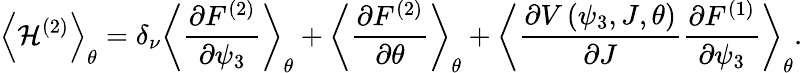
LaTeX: \left<{\mathcal{H}^{\left(2\right)}}\right>_{\theta}=\delta_{\nu}\left<{\frac{\partial F^{(2)}}{\partial\psi_{3}}}\right>_{\theta}+\left<{\frac{\partial F^{(2)}}{\partial\theta}}\right>_{\theta}+\left<{\frac{\partial V\left(\psi_{3},J,\theta\right)}{\partial J}\frac{\partial F^{(1)}}{\partial\psi_{3}}}\right>_{\theta}.